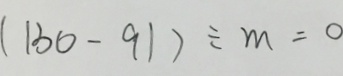
( 1 3 6 - 9 1 ) \div m = 0